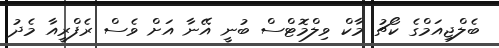
ބެލްޖިއަމްގެ ކޯޗު މާކް ވިލްމޮޓްސް ބުނީ އޭނާ އަށް ވެސް ރެފްރީއާ މެދު